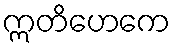
ဣတိဟေကေ